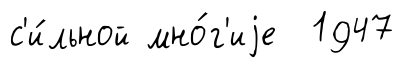
с'и́льной мно́г'иjе 1947